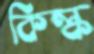
কিল্ক